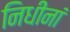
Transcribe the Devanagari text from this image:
निधीनां